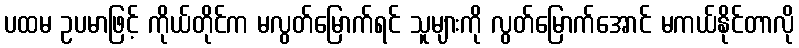
ပထမ ဥပမာဖြင့် ကိုယ်တိုင်က မလွတ်မြောက်ရင် သူများကို လွတ်မြောက်အောင် မကယ်နိုင်တာလို